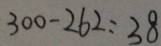
3 0 0 - 2 6 2 = 3 8